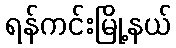
ရန်ကင်းမြို့နယ်